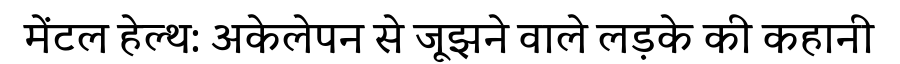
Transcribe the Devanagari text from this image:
मेंटल हेल्थ: अकेलेपन से जूझने वाले लड़के की कहानी